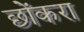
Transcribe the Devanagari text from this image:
छोंकरा